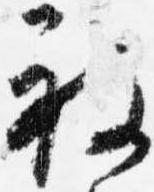
被